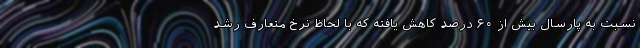
نسبت به پارسال بیش از ۶۰ درصد کاهش یافته که با لحاظ نرخ متعارف رشد